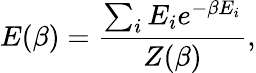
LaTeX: E(\beta)=\frac{\sum_{i}E_{i}e^{-\beta E_{i}}}{Z(\beta)},